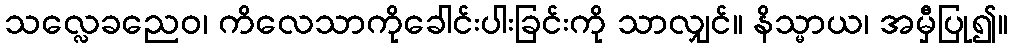
သလ္လေခညေဝ၊ ကိလေသာကိုခေါင်းပါးခြင်းကို သာလျှင်။ နိသ္မာယ၊ အမှီပြု၍။